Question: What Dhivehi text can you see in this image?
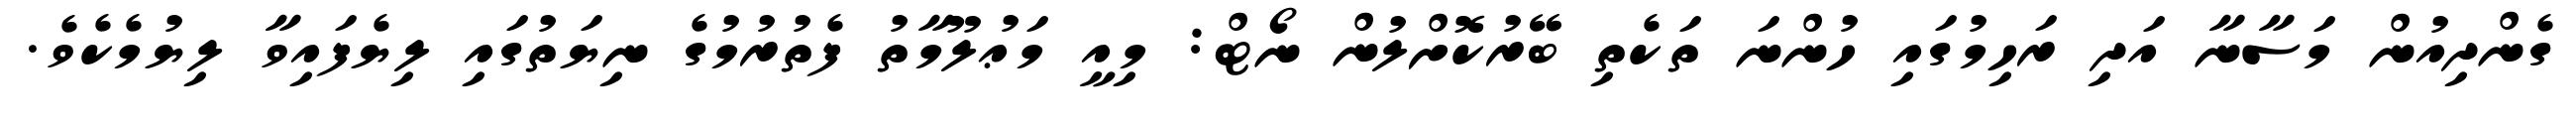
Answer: ގެންދިއުން މަސާނާ އަދި ރަހިމުގައި ހުންނަ ތަކެތި ބޭރުކޮށްލުން ނޯޓް: މިއީ މަޢުލޫމާތު ފެތުރުމުގެ ނިޔަތުގައި ލިޔެފައިވާ ލިޔުމެކެވެ.